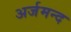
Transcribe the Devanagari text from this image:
अर्जमन्द